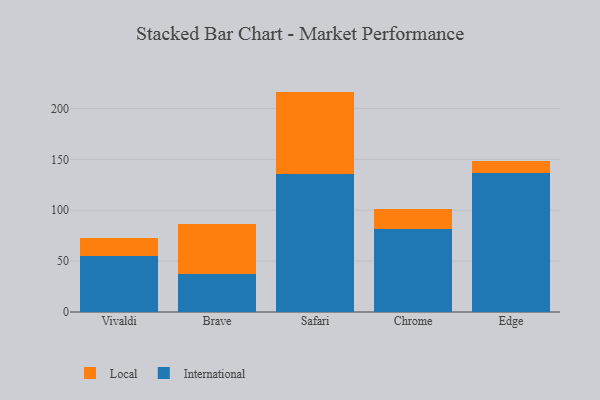
{"axis": {"x": "Browser", "y": "Gross Profit (USD K)"}, "legend": ["International", "Local"], "data": [{"x": "Vivaldi", "y": 54.9, "type": "International"}, {"x": "Vivaldi", "y": 18.0, "type": "Local"}, {"x": "Brave", "y": 37.0, "type": "International"}, {"x": "Brave", "y": 49.5, "type": "Local"}, {"x": "Safari", "y": 135.2, "type": "International"}, {"x": "Safari", "y": 81.3, "type": "Local"}, {"x": "Chrome", "y": 82.0, "type": "International"}, {"x": "Chrome", "y": 18.7, "type": "Local"}, {"x": "Edge", "y": 136.5, "type": "International"}, {"x": "Edge", "y": 11.5, "type": "Local"}]}